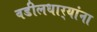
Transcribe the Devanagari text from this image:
वडीलधार्‍यांना